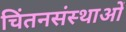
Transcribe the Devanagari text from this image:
चिंतनसंस्थाओं